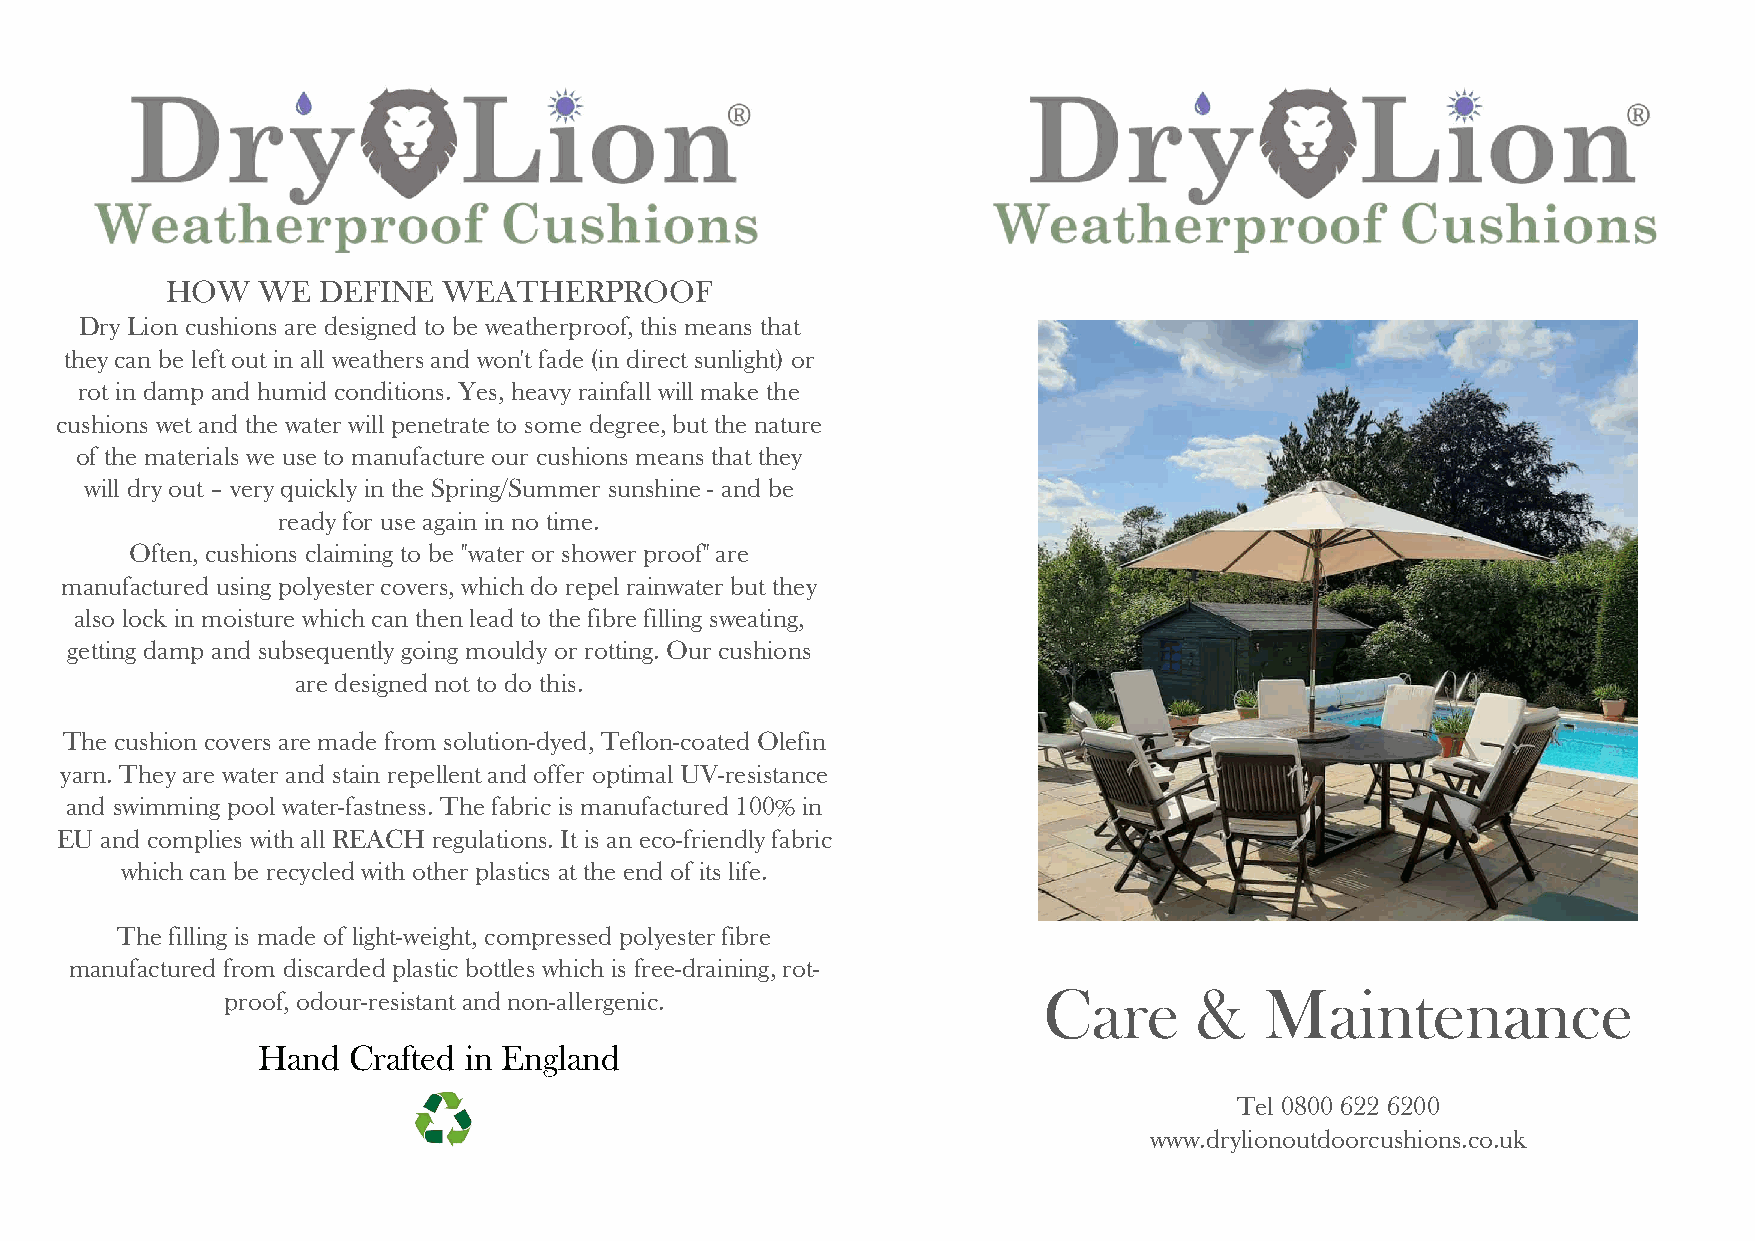
HOW   WE  DEFINE  WEATHERPROOF
 Dry Lion cushions are designed to be weatherproof, this means that
 they can be left out in all weathers and won't fade (in direct sunlight) or
 rot in damp and humid conditions. Yes, heavy rainfall will make the
 cushions wet and the water will penetrate to some degree, but the nature
 of the materials we use to manufacture our cushions means that they
 will dry out – very quickly in the Spring/Summer sunshine - and be
 ready for use again in no time.
 Often, cushions claiming to be "water or shower proof" are
 manufactured using polyester covers, which do repel rainwater but they
 also lock in moisture which can then lead to the fibre filling sweating,
 getting damp and subsequently going mouldy or rotting. Our cushions
 are designed not to do this.
 The cushion covers are made from solution-dyed, Teflon-coated Olefin
 yarn. They are water and stain repellent and offer optimal UV-resistance
 and swimming pool water-fastness. The fabric is manufactured 100% in
 EU and complies with all REACH regulations. It is an eco-friendly fabric
 which can be recycled with other plastics at the end of its life.
 The filling is made of light-weight, compressed polyester fibre
 manufactured from discardedplastic bottles which is free-draining, rot-
 proof, odour-resistant and non-allergenic.            Care      &    Maintenance
 Hand  Crafted in England
 Tel 0800 622 6200
 www.drylionoutdoorcushions.co.uk